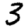
Digit: 3